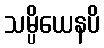
သမ္ပိယေနပိ